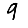
Digit: 9